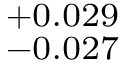
^ { + 0 . 0 2 9 } _ { - 0 . 0 2 7 }